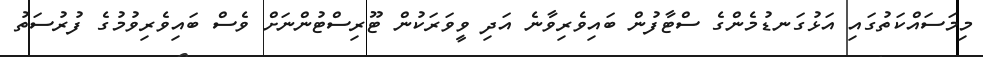
މިމަސައްކަތުގައި އަޅުގަނޑުމެންގެ ސްޓާފުން ބައިވެރިވާނެ އަދި ވީވަރަކުން ޓޫރިސްޓުންނަށް ވެސް ބައިވެރިވުމުގެ ފުރުސަތު